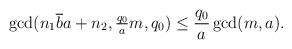
LaTeX: \begin{align*}\gcd(n_1\overline{b} a+n_2, \tfrac{q_0}{a} m, q_0)\leq \frac{q_0}{a}\gcd(m, a).\end{align*}